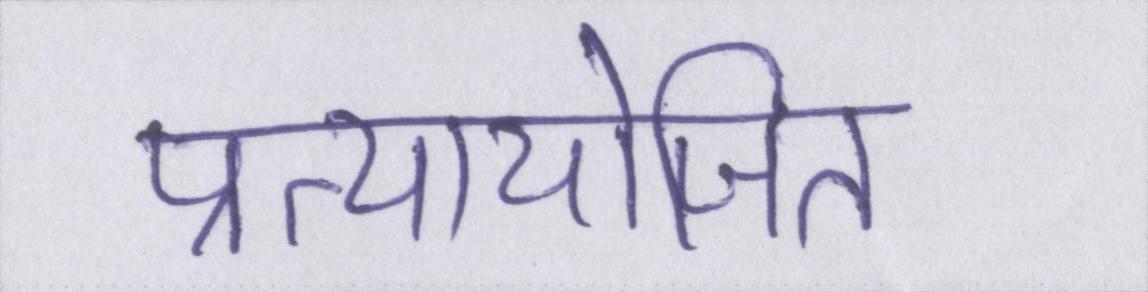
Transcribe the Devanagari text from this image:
प्रत्यायोजित